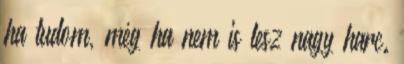
ha tudom, még ha nem is lesz nagy harc.